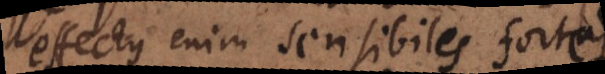
effectus enim sensibiles forte